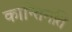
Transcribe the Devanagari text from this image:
कान्तिमति